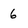
Character: 6